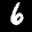
Label: 6